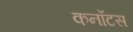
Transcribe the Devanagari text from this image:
कनॉटस